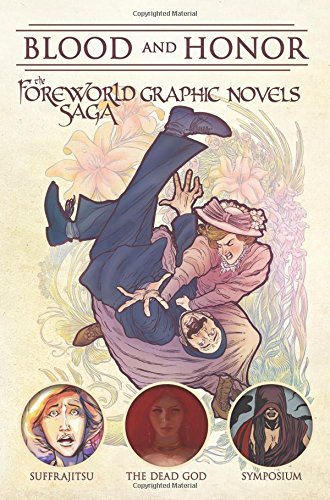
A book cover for Blood and Honor: The Foreworld Saga Graphic Novels; Tony Wolf; Comics & Graphic Novels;